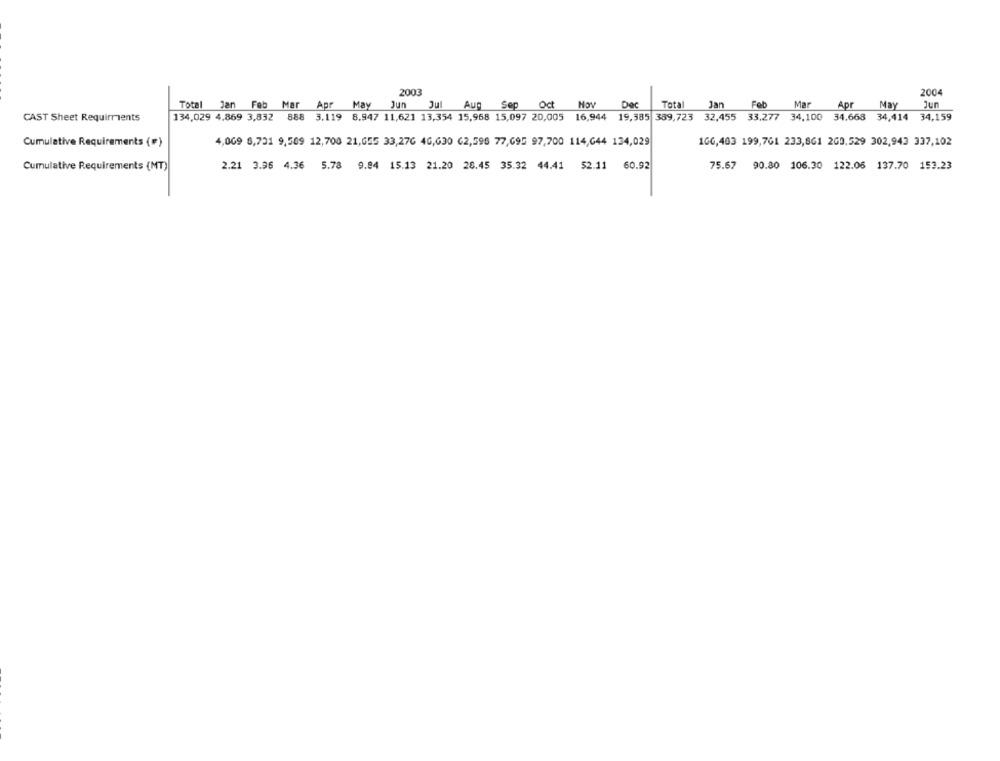
2003
2004
Total Jan Feb Mar
Apr May Jun Jul Aug Sep Oct
Dec
Total Jan
Feb
Mar
Apr
May
Jun
CAST Sheet Requirments
134,029 4,869 3,832 888
3.119 8.947 11,621 13,354 15,968 15,097 20,005 16,944
19,385 389,723 32,455 33.277 34,100 34.668 34,414
34,159
Cumulative Requirements (#)
4,069 8,731 9,509 12,700 21,655 33,276 46,630 62,596 77,695 97,700 114,644 134,029
166,403 199,761 233,861 269,529 302,943 337,102
Cumulative Requirements (MT)
2.21 3.96 4.36
5.78 9.84 15.13 21.20 28.45 35.32 44.41 52.11
60.92
75.67 90.80 106.30 122.06 137.70 153.23